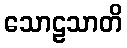
သောဠသာတိ